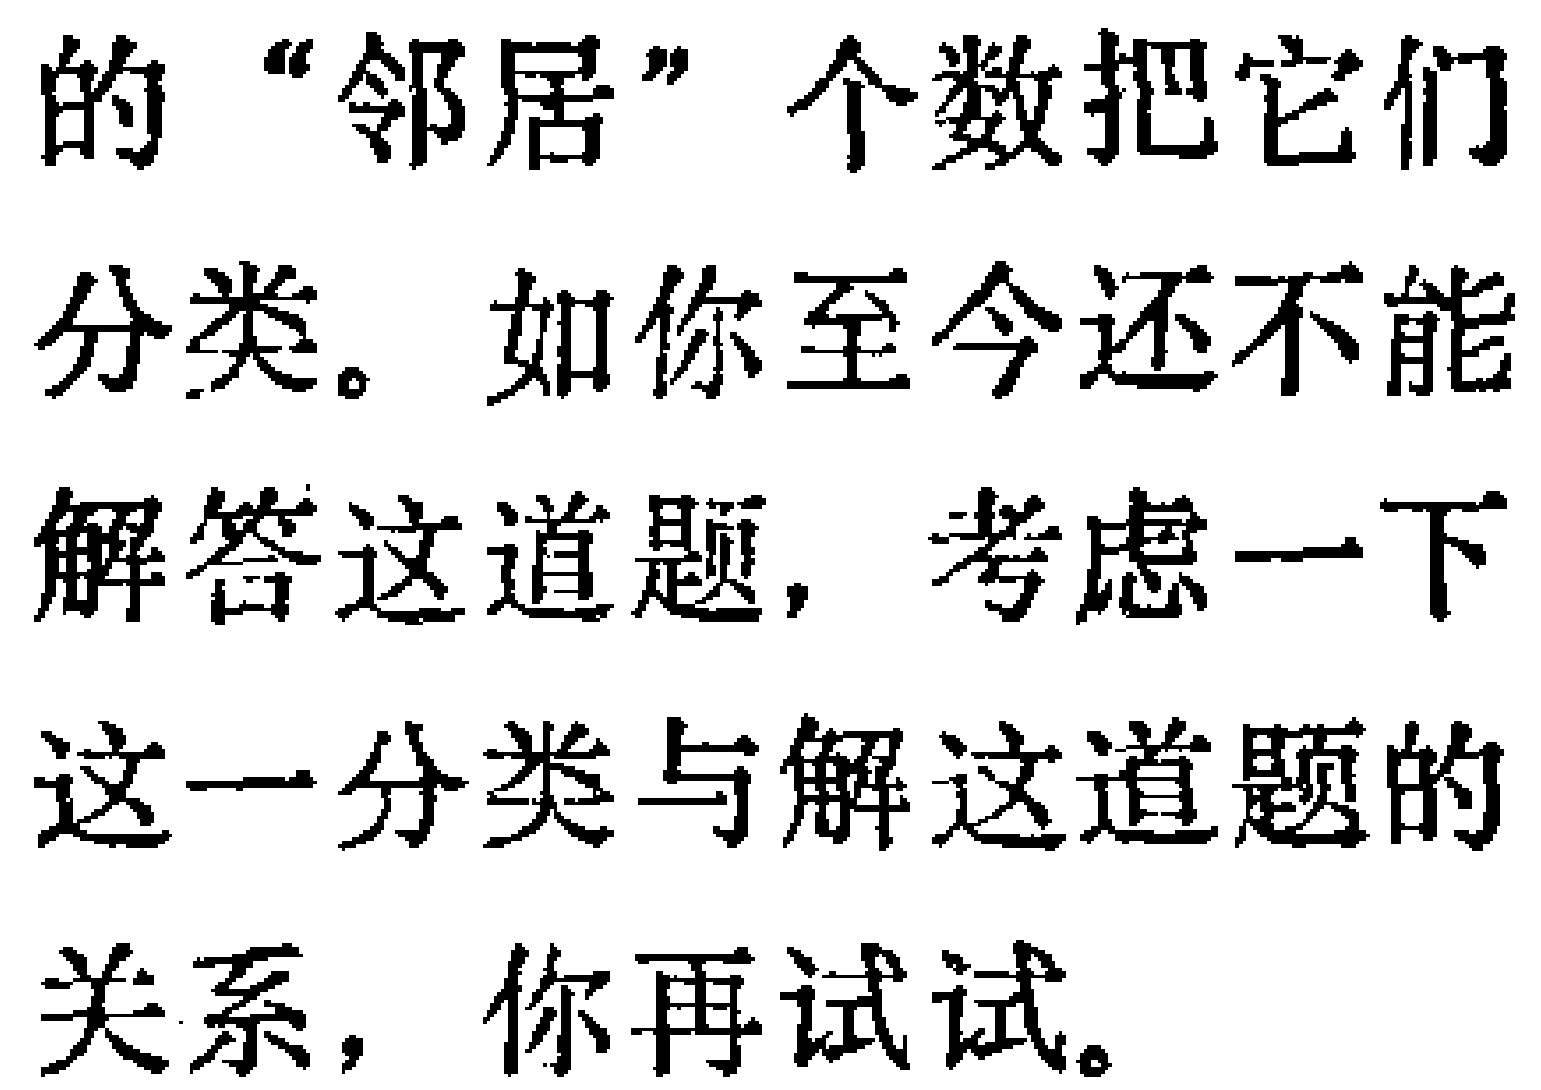
的“邻居”个数把它们

分类。如你至今还不能

解答这道题，考虑一下

这一分类与解这道题的

关系，你再试试。